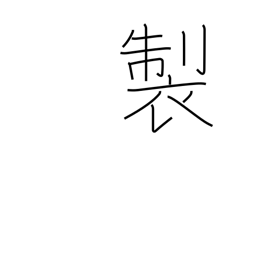
Meaning: manufacture